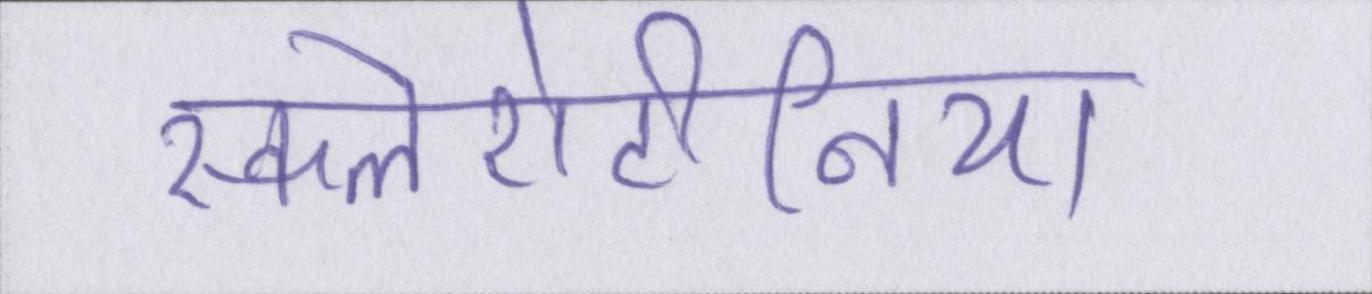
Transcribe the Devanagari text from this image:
स्कलेरोटीनिया